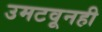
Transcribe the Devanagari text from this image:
उमटवूनही